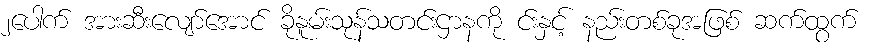
၂ပေါက် အားဆီးလျော်အောင် ခိုနူမ်းသုန်သတင်းဌာနကို င်းနှင့် နည်းတစ်ခုအဖြစ် ဆက်ထွက်